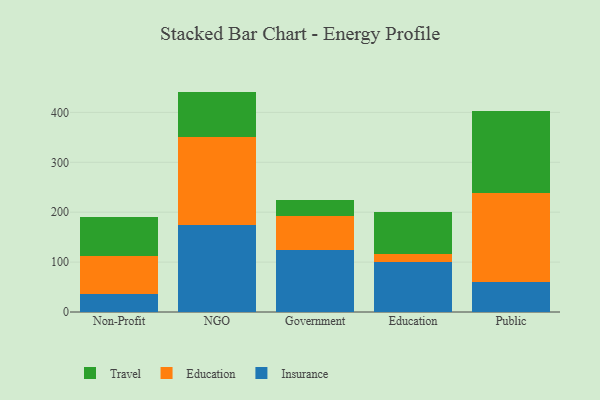
{"axis": {"x": "Segment", "y": "Energy Usage (MWh)"}, "legend": ["Education", "Insurance", "Travel"], "data": [{"x": "Non-Profit", "y": 35.6, "type": "Insurance"}, {"x": "Non-Profit", "y": 76.0, "type": "Education"}, {"x": "Non-Profit", "y": 78.0, "type": "Travel"}, {"x": "NGO", "y": 174.6, "type": "Insurance"}, {"x": "NGO", "y": 175.8, "type": "Education"}, {"x": "NGO", "y": 91.3, "type": "Travel"}, {"x": "Government", "y": 124.4, "type": "Insurance"}, {"x": "Government", "y": 68.5, "type": "Education"}, {"x": "Government", "y": 30.8, "type": "Travel"}, {"x": "Education", "y": 99.6, "type": "Insurance"}, {"x": "Education", "y": 16.3, "type": "Education"}, {"x": "Education", "y": 85.4, "type": "Travel"}, {"x": "Public", "y": 60.2, "type": "Insurance"}, {"x": "Public", "y": 177.8, "type": "Education"}, {"x": "Public", "y": 165.8, "type": "Travel"}]}